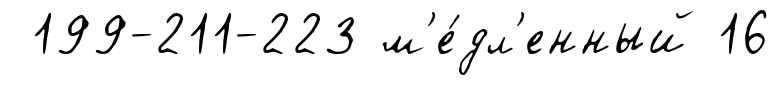
199-211-223 м'е́дл'енный 16